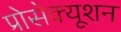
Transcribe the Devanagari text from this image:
प्रोसेक्यूशन